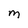
Character: M